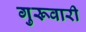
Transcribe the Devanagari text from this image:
गुरूवारी